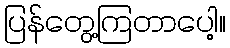
ပြန်တွေ့ကြတာပေါ့။